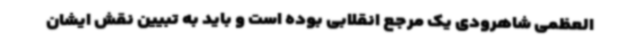
العظمی شاهرودی یک مرجع انقلابی بوده است و باید به تبیین نقش ایشان